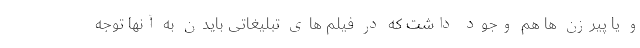
و یا پیرزن ها هم وجود داشت که در فیلم های تبلیغاتی بایدن به آنها توجه